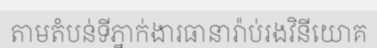
តាមតំបន់ទីភ្នាក់ងារធានារ៉ាប់រងវិនីយោគ